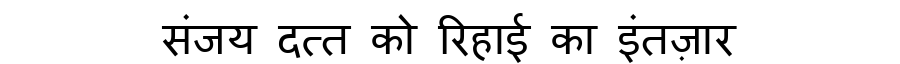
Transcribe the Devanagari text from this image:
संजय दत्त को रिहाई का इंतज़ार